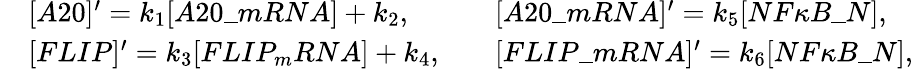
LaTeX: \begin{array}{rlrl}&{[A20]^{\prime}=k_{1}[A20\_ mRNA]+k_{2},}&&{[A20\_ mRNA]^{\prime}=k_{5}[NF{\kappa}B\_ N],}\\ &{[FLIP]^{\prime}=k_{3}[FLIP_{m}RNA]+k_{4},}&&{[FLIP\_ mRNA]^{\prime}=k_{6}[NF{\kappa}B\_ N],}\end{array}